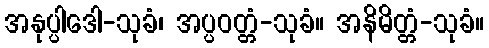
အနုပ္ပါဒေါ-သုခံ၊ အပ္ပဝတ္တံ-သုခံ။ အနိမိတ္တံ-သုခံ။